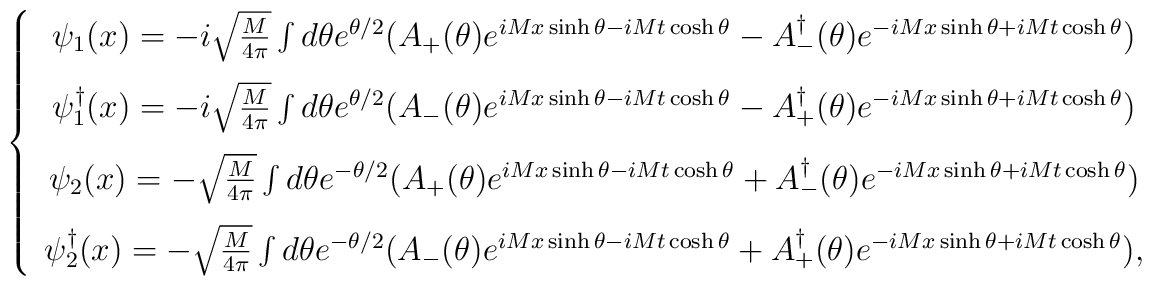
\left \{\begin{array}{c}\psi_1(x) = -i \sqrt{\frac{M}{4\pi}}\int d\theta e^{\theta/2}( A_+ (\theta) e^{iMx\sinh\theta - iMt\cosh\theta} -A_{-}^\dagger (\theta) e^{-iMx\sinh\theta + iMt\cosh\theta}) \\[3mm]\psi_1^\dagger (x) = -i \sqrt{\frac{M}{4\pi}}\int d\theta e^{\theta/2}( A_{-}(\theta) e^{iMx\sinh\theta - iMt\cosh\theta} -A_+ ^\dagger (\theta) e^{-iMx\sinh\theta + iMt\cosh\theta}) \\[3mm]\psi_2(x) = - \sqrt{\frac{M}{4\pi}}\int d\theta e^{-\theta/2}( A_+ (\theta) e^{iMx\sinh\theta - iMt\cosh\theta} +A_{-}^\dagger (\theta) e^{-iMx\sinh\theta + iMt\cosh\theta}) \\[3mm]\psi_2^\dagger (x) = - \sqrt{\frac{M}{4\pi}}\int d\theta e^{-\theta/2}( A_{-}(\theta) e^{iMx\sinh\theta - iMt\cosh\theta} +A_+ ^\dagger (\theta) e^{-iMx\sinh\theta + iMt\cosh\theta}) ,\end{array}\right.